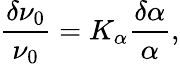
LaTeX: \frac{\delta\nu_{0}}{\nu_{0}}=K_{\alpha}\frac{\delta\alpha}{\alpha},